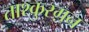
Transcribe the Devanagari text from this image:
ताश्कुरग़न